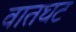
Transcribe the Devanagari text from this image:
वातघट